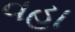
વહા